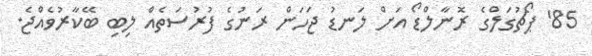
85' ޕޯޗުގަލްގެ ރޮނާލްޑޯ އަށް ލަނޑު ޖަހަން ރަނުގެ ފުރުސަތެއް ލިބި ބޭކާރުވެއްޖެ.